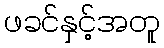
ဖခင်နှင့်အတူ